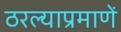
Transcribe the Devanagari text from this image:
ठरल्याप्रमाणें